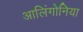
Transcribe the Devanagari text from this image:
आलिंगोनिया